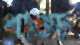
ধাঙড়